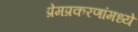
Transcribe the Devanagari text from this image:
प्रेमप्रकरणांमध्ये